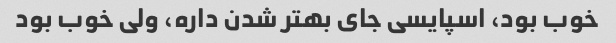
خوب بود، اسپایسی جای بهتر شدن داره، ولی خوب بود